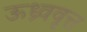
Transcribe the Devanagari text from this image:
ऊध्र्ववृत्त